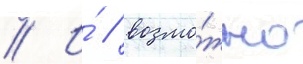
// И́ / возмо́жно